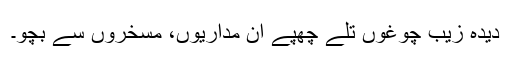
دیدہ زیب چوغوں تلے چھپے ان مداریوں، مسخروں سے بچو۔